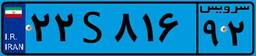
۲۲S۸۱۶۹۲